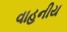
વાહનીય